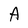
Character: A